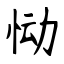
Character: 恸